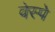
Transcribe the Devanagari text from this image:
वेस्पे